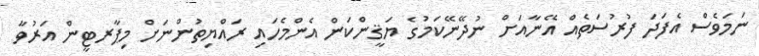
ނަމަވެސް އެފަދަ ފުރުސަތެއް އޭނާއަށް ނުދޭނޭކަމުގެ ޔަޤީންކަން އެންމެހައި ރައްޔިތުންނަށް މިޕާރޓީން އަރުވާ